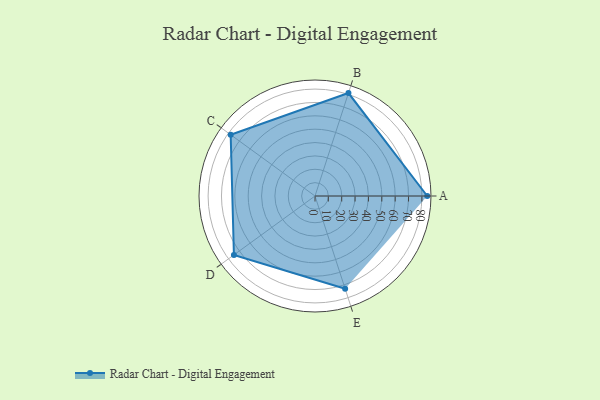
{"axis": {"x": "Skill", "y": "Score"}, "legend": ["Profile"], "data": [{"x": "A", "y": 84.0, "type": "Profile"}, {"x": "B", "y": 81.0, "type": "Profile"}, {"x": "C", "y": 78.0, "type": "Profile"}, {"x": "D", "y": 75.0, "type": "Profile"}, {"x": "E", "y": 73.0, "type": "Profile"}]}